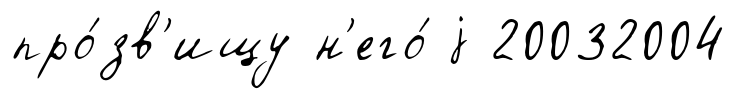
про́зв'ищу н'его́ j 20032004